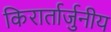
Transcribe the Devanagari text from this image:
किरार्तार्जुनीय